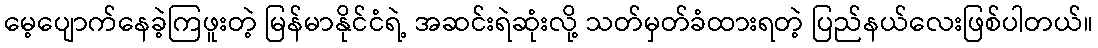
မေ့ပျောက်နေခဲ့ကြဖူးတဲ့ မြန်မာနိုင်ငံရဲ့ အဆင်းရဲဆုံးလို့ သတ်မှတ်ခံထားရတဲ့ ပြည်နယ်လေးဖြစ်ပါတယ်။